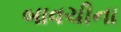
બાવચીના